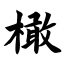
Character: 橄